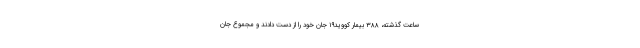
ساعت گذشته، ۳۸۸ بیمار کووید۱۹ جان خود را از دست دادند و مجموع جان